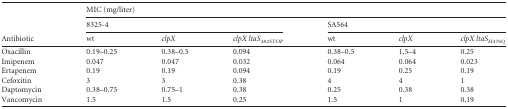
| <ROWSPAN=3> Antibiotic | <COLSPAN=6> MIC (mg/liter) |
 | <COLSPAN=3> 8325-4 | <COLSPAN=3> SA564 |
 | wt | clpX | clpX ltaS382STOP | wt | clpX | clpX ltaSH476Q |
 | --- | --- | --- | --- | --- | --- | --- |
 | Oxacillin | 0.19–0.25 | 0.38–0.5 | 0.094 | 0.38–0.5 | 1.5–4 | 0.25 |
 | Imipenem | 0.047 | 0.047 | 0.032 | 0.064 | 0.064 | 0.023 |
 | Ertapenem | 0.19 | 0.19 | 0.094 | 0.19 | 0.25 | 0.19 |
 | Cefoxitin | 3 | 3 | 0.38 | 4 | 4 | 1 |
 | Daptomycin | 0.38–0.75 | 0.75–1 | 0.38 | 0.25 | 0.38 | 0.38 |
 | Vancomycin | 1.5 | 1.5 | 0.25 | 1.5 | 1 | 0.19 |